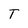
Character: T